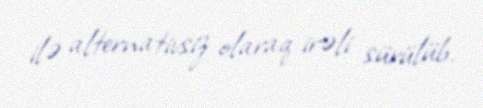
ilə alternativsiz olaraq irəli sürülüb.